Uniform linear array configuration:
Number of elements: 8
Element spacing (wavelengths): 1
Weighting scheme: hann
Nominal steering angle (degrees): -45
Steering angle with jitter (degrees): -45.547
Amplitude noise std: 0.05
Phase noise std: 0.05

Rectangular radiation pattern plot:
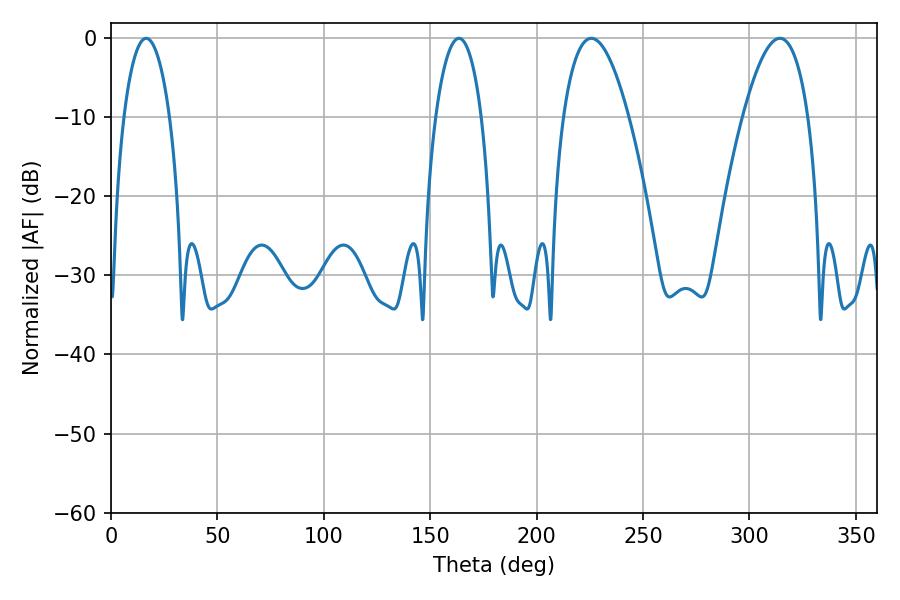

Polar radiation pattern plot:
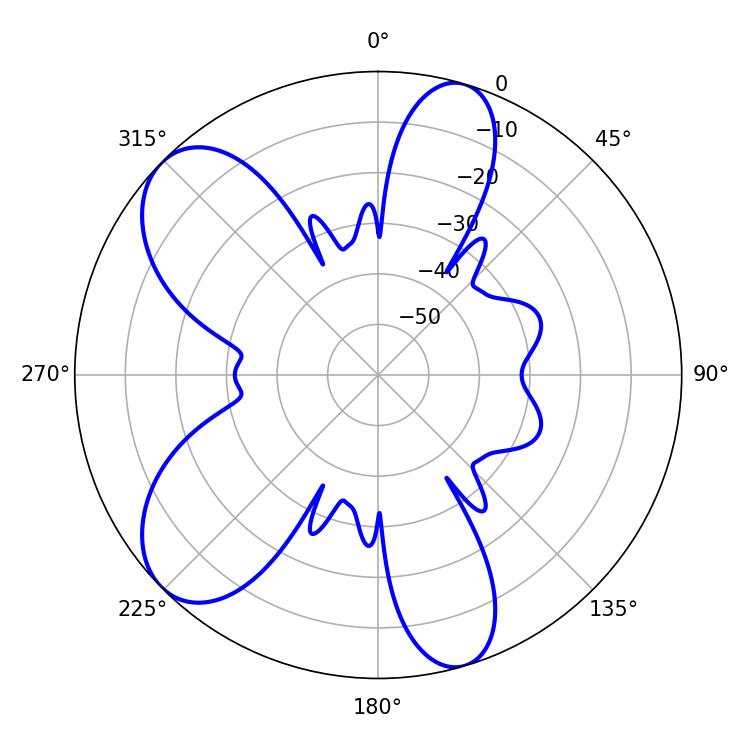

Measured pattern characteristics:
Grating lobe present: TRUE
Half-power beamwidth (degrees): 16.92
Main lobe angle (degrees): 225.72